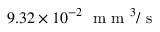
9 . 3 2 \times 1 0 ^ { - 2 } \; \mathrm { ~ m ~ m ~ } ^ { 3 } / \mathrm { ~ s ~ }